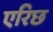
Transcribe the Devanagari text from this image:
एरिछ